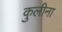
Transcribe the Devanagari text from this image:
कुलीना